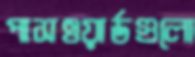
পাসওয়ার্ডগুলো